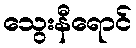
သွေးနီရောင်